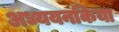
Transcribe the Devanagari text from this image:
अध्ययनकिया